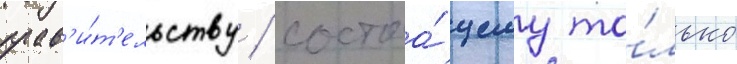
прав'и́т'ельству / состоа́щему то́лько